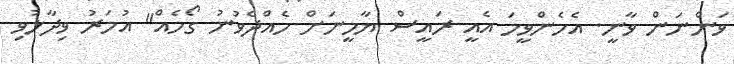
ވަންނަން ވާނީ. އެހެންވީމަ އެއީ ރައީސް ޔާމީނަށް ހެއްދެވުނު ގޯހެއް" އުމަރު ވިދާޅުވި